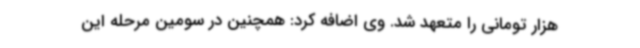
هزار تومانی را متعهد شد. وی اضافه کرد: همچنین در سومین مرحله این